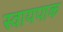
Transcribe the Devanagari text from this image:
स्वायपाक